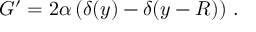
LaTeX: G ^ { \prime } = 2 \alpha \left( \delta ( y ) - \delta ( y - R ) \right) \, .